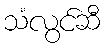
သံလွင်ဆီ